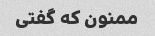
ممنون که گفتی